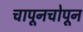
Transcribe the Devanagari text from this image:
चापूनचोपून